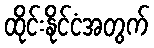
ထိုင်းနိုင်ငံအတွက်